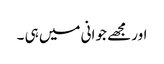
اور مجھے جوانی میں ہی ۔